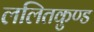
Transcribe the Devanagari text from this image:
ललितकुण्ड